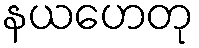
နယဟေတု